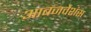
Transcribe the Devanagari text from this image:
आबजर्वेशंस